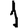
Digit: 1